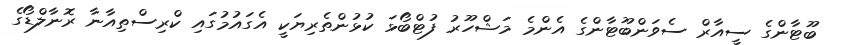
ބޫޓާންގެ ސީއާރް ސެވަންބޫޓާންގެ އެންމެ މަޝްހޫރު ފުޓްބޯޅަ ކުޅުންތެރިޔަކީ އެގައުމުގައި ކްރިސްތިއާނާ ރޮނާލްޑޯގެ